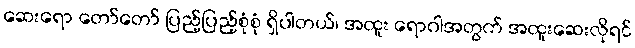
ဆေးရော တော်တော် ပြည့်ပြည့်စုံစုံ ရှိပါတယ်၊ အထူး ရောဂါအတွက် အထူးဆေးလိုရင်